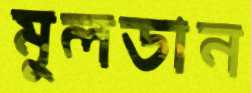
মুলডান